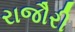
રાજૌરી